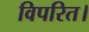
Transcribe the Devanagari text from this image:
विपरित।